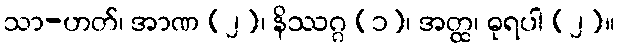
သာ-ဟတ်၊ အာဏ (၂)၊ နိဿဂ္ဂ (၁)၊ အတ္ထ၊ ဓုရပါ (၂)။